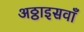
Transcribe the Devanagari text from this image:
अठ्ठाइसवाँ